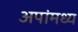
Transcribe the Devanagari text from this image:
अपांमध्य